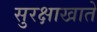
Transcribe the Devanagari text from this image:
सुरक्षाखाते